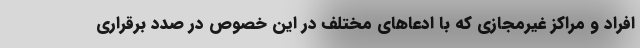
افراد و مراکز غیرمجازی که با ادعا‌های مختلف در این خصوص در صدد برقراری